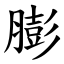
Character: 膨